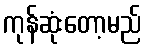
ကုန်ဆုံးတော့မည်